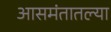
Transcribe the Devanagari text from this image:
आसमंतातल्या